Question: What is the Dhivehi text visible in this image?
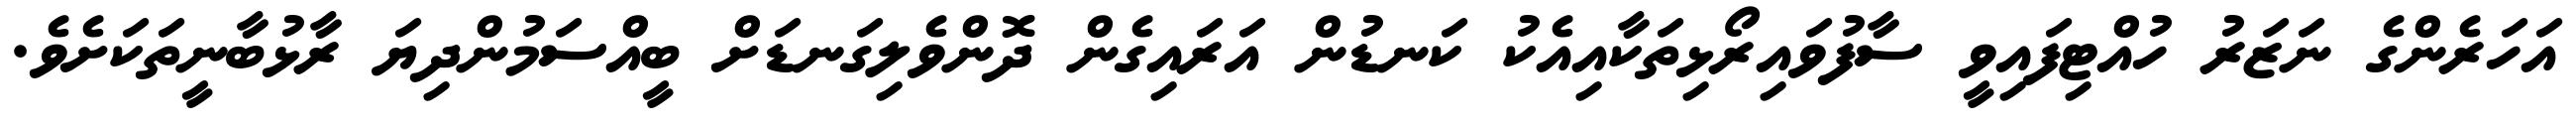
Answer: އަހަރެންގެ ނަޒަރު ހުއްޓިފައިވީ ސާފުވައިރޯޅިތަކާއިއެކު ކަނޑުން އަރައިގެން ދޮންވެލިގަނޑަށް ބީއްސަމުންދިޔަ ރާޅުބާނީތަކަށެވެ.